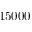
1 5 0 0 0